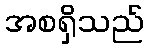
အစရှိသည်